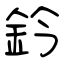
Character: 鈐